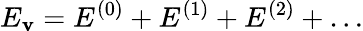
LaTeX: E_{\mathbf{v}}=E^{(0)}+E^{(1)}+E^{(2)}+\ldots